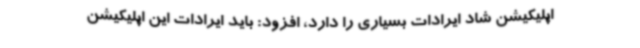
اپلیکیشن شاد ایرادات بسیاری را دارد، افزود: باید ایرادات این اپلیکیشن